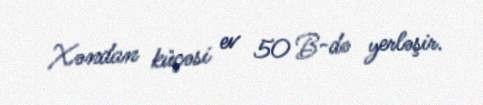
Xəndan küçəsi ev 50 B-də yerləşir.